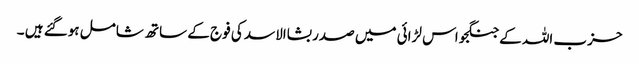
حزب اللہ کے جنگجو اس لڑائی میں صدر بشاالاسد کی فوج کے ساتھ شامل ہوگئے ہیں ۔